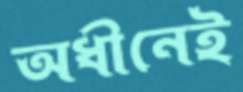
অধীনেই